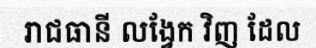
រាជធានី លង្វែក វិញ ដែល